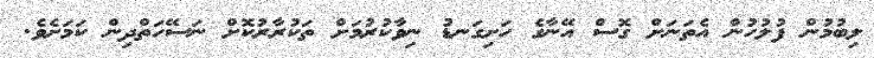
ލިބުމުން ފުލުހުން އެތަނަށް ގޮސް އޭނާގެ ހަށިގަނޑު ނިވާކުރުމަށް ތަކުރާރުކޮށް ނަސޭހަތްދިން ކަމަށެވެ.